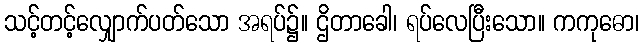
သင့်တင့်လျှောက်ပတ်သော အရပ်၌။ ဌိတာခေါ၊ ရပ်လေပြီးသော။ ကကုဓော၊